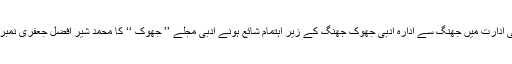
ان میں سے ممتاز بلوچ کی ادارت میں جھنگ سے ادارہ ادبی جھوک جھنگ کے زیر اہتمام شائع ہونے ادبی مجلے ’’ جھوک ‘‘ کا محمد شیر افضل جعفری نمبر ہمیشہ یاد رکھا جائے گا۔